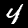
Label: 4